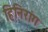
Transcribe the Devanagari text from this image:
हिनिरांग